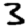
Digit: 3